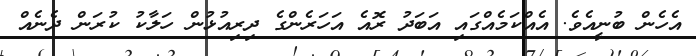
އެހެން ބުނީއެވެ. އެއްކަމެއްގައި އަބަދު ރޮއެ އަހަރެންގެ ދިރިއުޅުން ހަލާކު ކުރަން ދެނެއް